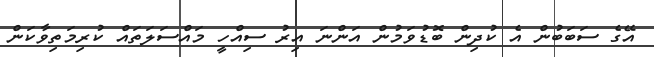
އޭގެ ސަބަބުން އެ ކުދިން ބޮޑުވަމުން އަންނަ އިރު ސިއްހީ މައްސަލަތައް ކުރިމަތިވާކަން